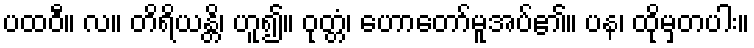
ပထဝီ။ လ။ တိရိယန္တိ၊ ဟူ၍။ ဝုတ္တံ၊ ဟောတော်မူအပ်၏။ ပန၊ ထိုမှတပါး။